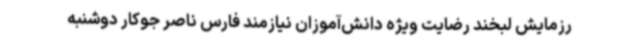
رزمایش لبخند رضایت ویژه دانش‌آموزان نیازمند فارس ناصر جوکار دوشنبه